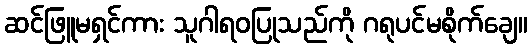
ဆင်ဖြူမရှင်ကား သူဂါရဝပြုသည်ကို ဂရုပင်မစိုက်ချေ။